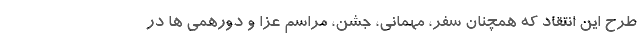
طرح این انتقاد که همچنان سفر، مهمانی، جشن، مراسم عزا و دورهمی ها در